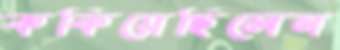
ককিয়েছিলেন